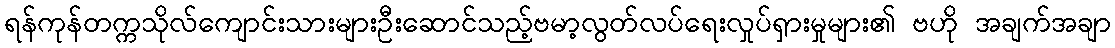
ရန်ကုန်တက္ကသိုလ်ကျောင်းသားများဦးဆောင်သည့်ဗမာ့လွတ်လပ်ရေးလှုပ်ရှားမှုများ၏ ဗဟို အချက်အချာ